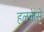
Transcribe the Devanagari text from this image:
हलकेसे